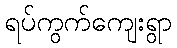
ရပ်ကွက်ကျေးရွာ